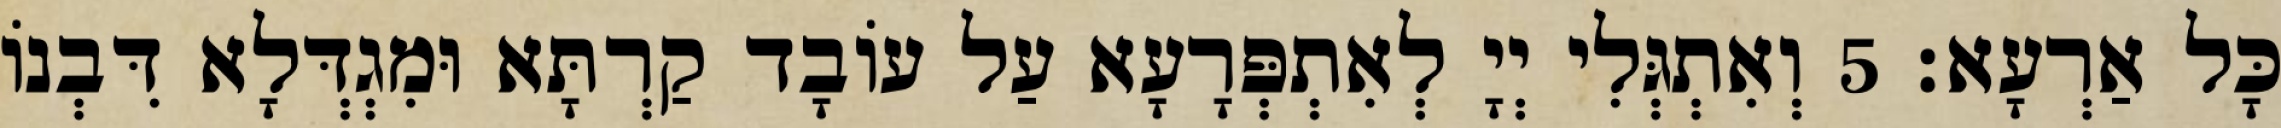
כָּל אַרְעָא׃ 5 וְאִתְגְּלִי יְיָ לְאִתְפְּרָעָא עַל עוֹבָד קַרְתָּא וּמִגְדְּלָא דִּבְנוֹ